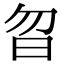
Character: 㫚